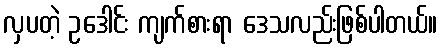
လှပတဲ့ ဥဒေါင်း ကျက်စားရာ ဒေသလည်းဖြစ်ပါတယ်။